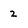
Character: 2